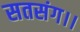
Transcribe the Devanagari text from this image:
सतसंग।।